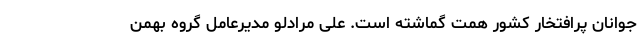
جوانان پرافتخار کشور همت گماشته است. علی مرادلو مدیرعامل گروه بهمن